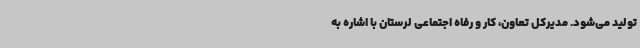
تولید می‌شود. مدیرکل تعاون، کار و رفاه اجتماعی لرستان با اشاره به